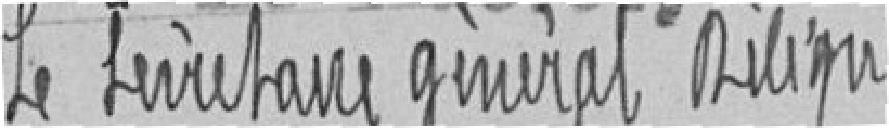
Le secrétaire général délégué